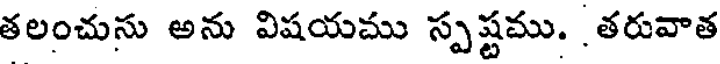
తలంచును అను విషయము స్పష్టము. తరువాత